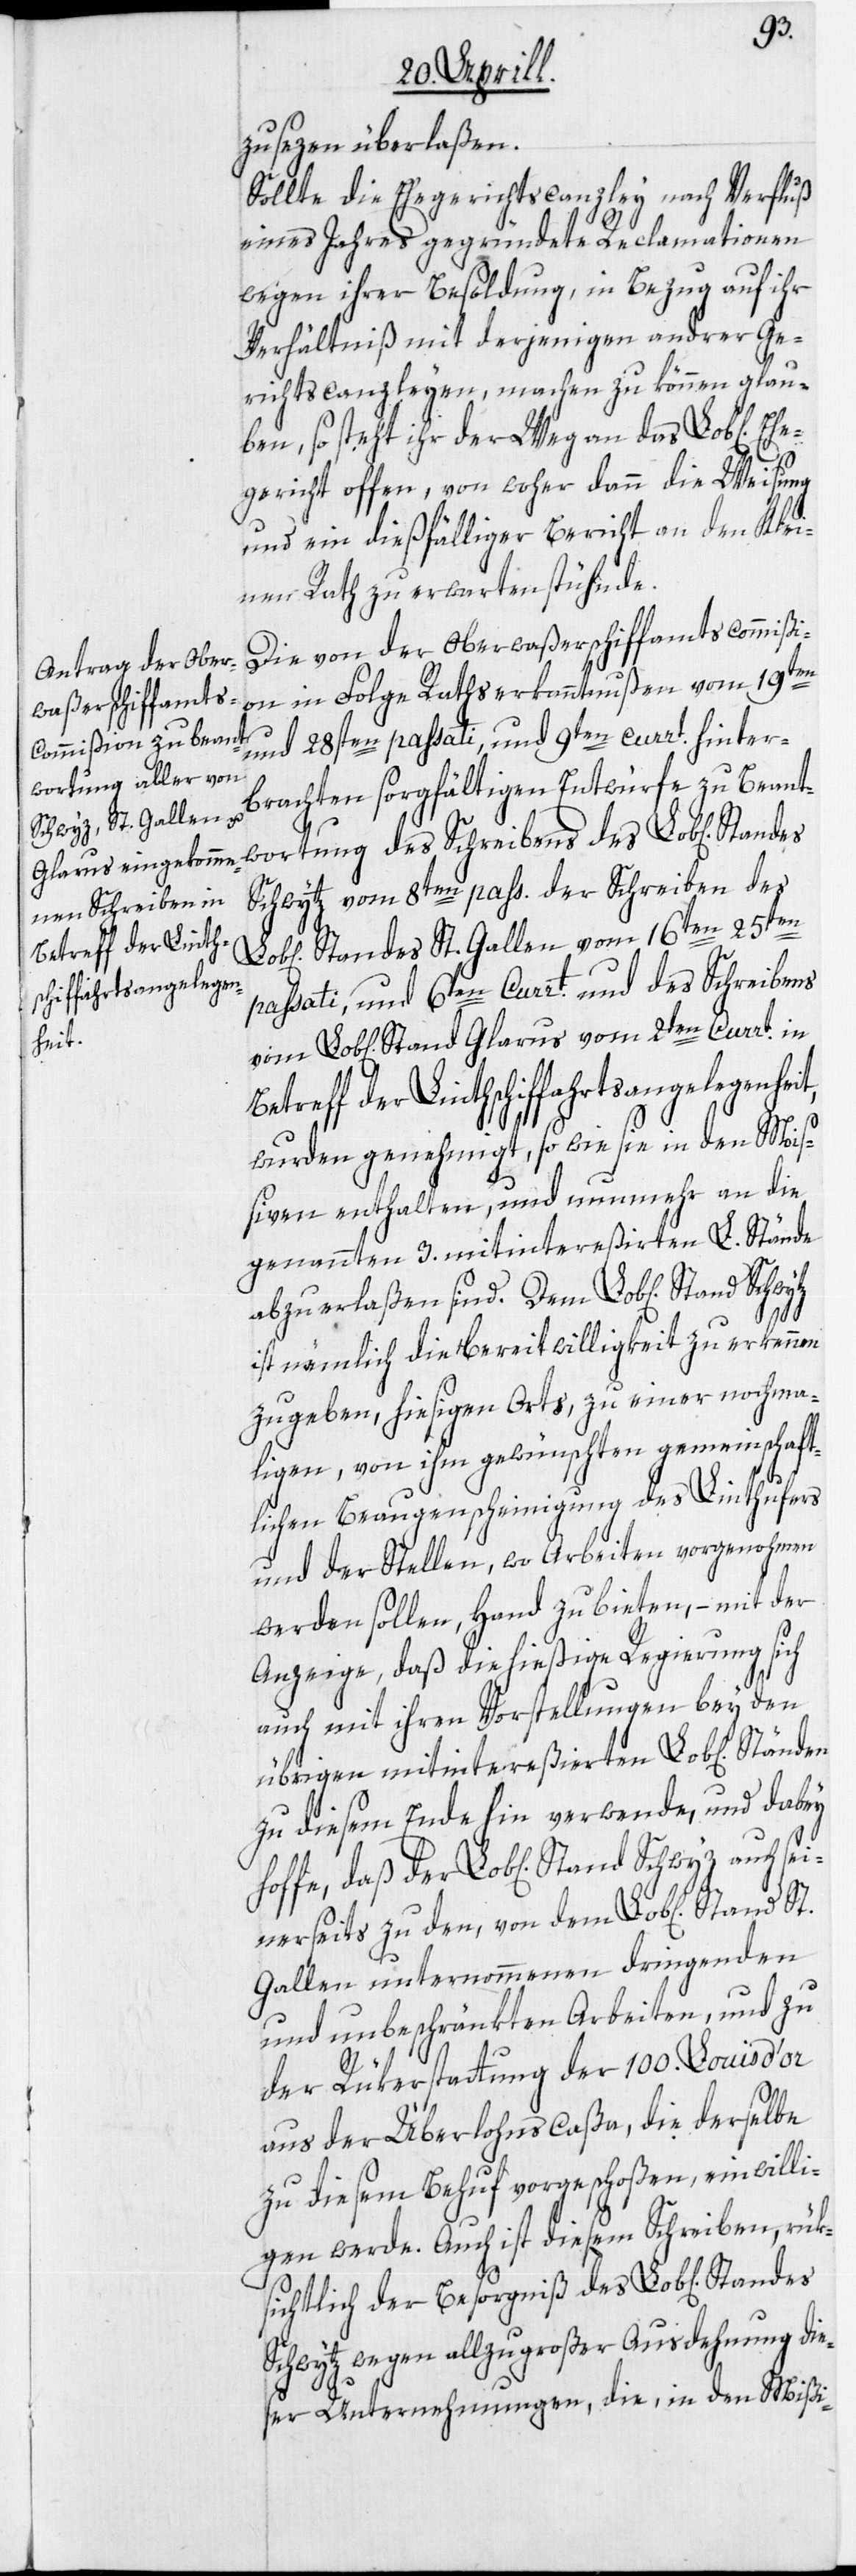
zu sezen überlaßen.
Sollte die Ehegerichtscanzley nach Verfluß
eines Jahres gegründete Reclamationen
wegen ihrer Besoldung, in Bezug auf ihr
Verhältniß mit derjenigen andrer Ge¬
richtscanzleyen, machen zu können glau¬
ben, so steht ihr der Weg an das Lob[liche]
Eh¬
egericht offen, von woher dann die Weisung
und ein dießfälliger Bericht an den Klei¬
nen Rath zu erwarten stühnde.
Die von der Oberwaßerschiffamtscommißi¬
on in Folge Rathserkanntnußen vom 19ten
und 28sten passati, und 9ten currt. hinter¬
brachten sorgfältigen Entwürfe zu Beantw¬
Schwytz vom 8ten pass.[,] der Schreiben des
Standes St. Gallen vom 16ten, 25ten
Betreff der Linth¬
schiffahrtsangelegen¬
passati, und 6ten Currt. und des Schreibens
Stand Glarus vom 2ten Currt. in
heit,
ortung des Schreibens des
wurden genehmigt, so wie sie in den Miß¬
iven enthalten, und nunmehr an die
genannten 3. mitintereßierten L. Stände
abzuerlaßen sind. Dem Lob[lichen] Stand
St.
ist nämlich die Bereitwilligkeit zu erkennen
zu geben, hiesigen Orts, zu einer nochma¬
ligen, von ihm gewünschten gemeinschaft¬
lichen Beaugenscheinigung des Linthufers
und der Stellen, wo Arbeiten vorgenohmen
werden sollen, Hand zu bieten, – mit der
Anzeige, daß die hießige Regierung sich
auch mit ihren Vorstellungen bey den
übrigen mitintereßierten Lob[lichen]
zu diesem Ende hin verwende, und dabey
nerseits zu den, von dem Lob[lichen] St¬
Gallen unternommenen dringenden
und unbeschränkten Arbeiten, und zu
der Rükerstattung der 100. Louis d’or
aus der Überlohnscaßa, die derselbe
zu diesem Behuf vorgeschoßen, einwilli¬
gen werde. Auch ist diesem Schreiben, rük¬
sichtlich der Besorgniß des Lob[lichen]
Schwytz wegen allzugroßer Ausdehnung dies¬
er Unternehmungen, die, in den Mißi-